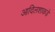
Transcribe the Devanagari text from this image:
आदिलशाकडे